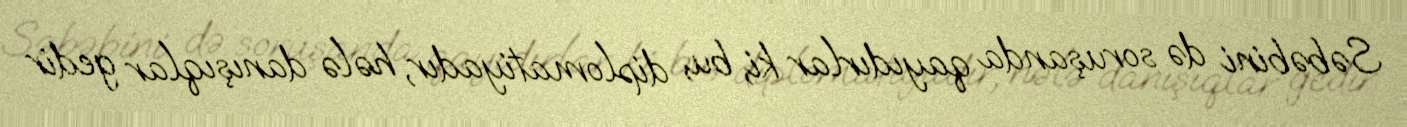
Səbəbini də soruşanda qayıdırlar ki, bu, diplomatiyadır, hələ danışıqlar gedir